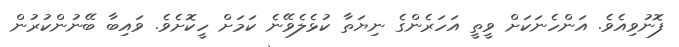
ފޮނުވިއެވެ. އަންހެނަކަށް ވީތީ އަހަރެންގެ ނިޔަތާ ކުޅެލެވޭނެ ކަމަށް ހީކޮށެވެ. ވައިބާ ބޭނުންކުރުން